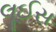
લૂઈસ